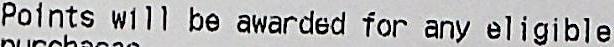
POINTS WILL BE AWARDED FOR ANY ELIGIBLE